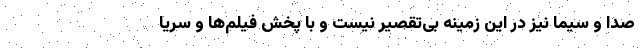
صدا و سیما نیز در این زمینه بی‌تقصیر نیست و با پخش فیلم‌ها و سریا